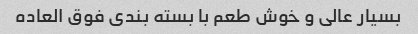
بسیار عالی و خوش طعم با بسته بندی فوق العاده